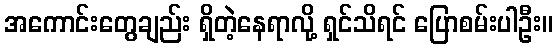
အကောင်းတွေချည်း ရှိတဲ့နေရာလို့ ရှင်သိရင် ပြောစမ်းပါဦး။